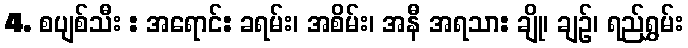
4. စပျစ်သီး : အရောင်: ခရမ်း၊ အစိမ်း၊ အနီ အရသာ: ချို၊ ချဉ်၊ ရည်ရွှမ်း